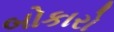
બોકારો